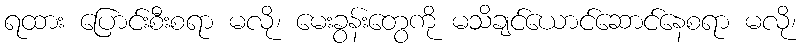
ရထား ပြောင်းစီးစရာ မလို၊ မေးခွန်းတွေကို မသိချင်ယောင်ဆောင်နေစရာ မလို၊